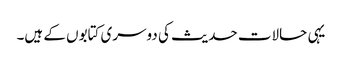
یہی حالات حدیث کی دوسری کتابوں کے ہیں۔